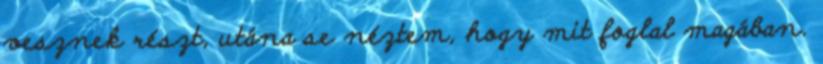
vesznek részt, utána se néztem, hogy mit foglal magában.